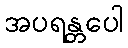
အပရန္တပေါ